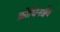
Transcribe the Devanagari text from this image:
क्रोधिनश्चैव